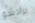
برادشو